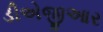
ડીએજીઆર